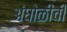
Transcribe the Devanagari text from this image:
अंघोळीची